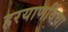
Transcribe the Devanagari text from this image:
हरयाणविंचा